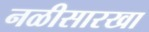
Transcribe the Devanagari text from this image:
नळीसारखा